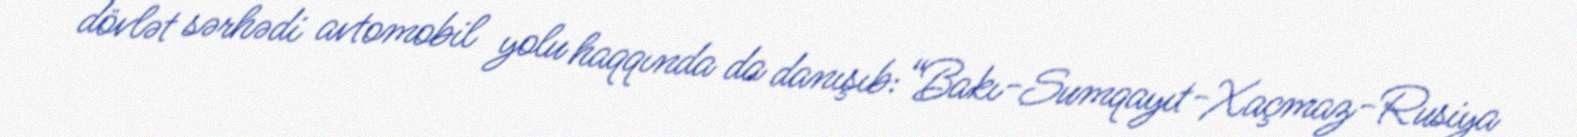
dövlət sərhədi avtomobil yolu haqqında da danışıb:“Bakı-Sumqayıt-Xaçmaz-Rusiya